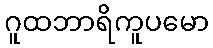
ဂူထဘာရိကူပမော